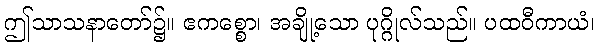
ဤသာသနာတော်၌။ ဧကစ္စော၊ အချို့သော ပုဂ္ဂိုလ်သည်။ ပထဝီကာယံ၊